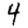
Digit: 4